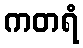
ကတရံ